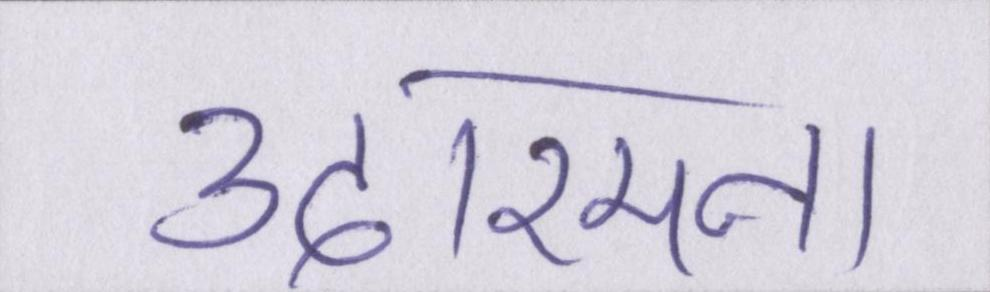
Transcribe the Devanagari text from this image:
उदारमना